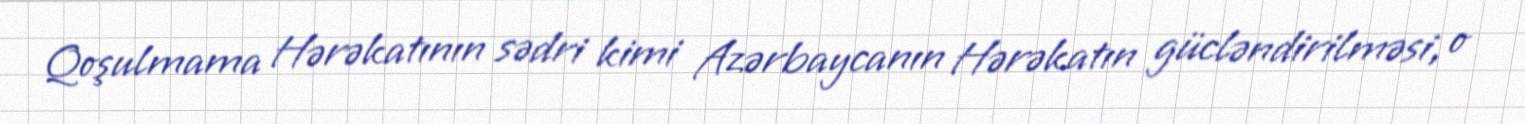
Qoşulmama Hərəkatının sədri kimi Azərbaycanın Hərəkatın gücləndirilməsi, o